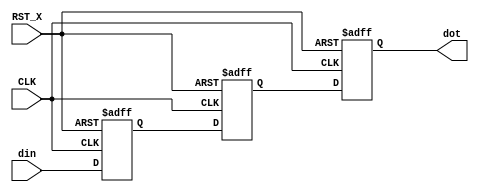
`default_nettype none

module TRPL_FF_snc_pos
 (input  wire CLK, RST_X,
  input  wire din, // asynchronous signal
  output reg  dot);

  reg aff, bff;
  always @(posedge CLK or negedge RST_X) begin
    if(~RST_X) begin
      aff <= 1'b0;
      bff <= 1'b0;
      dot <= 1'b0;
    end else begin
      aff <= din;
      bff <= aff;
      dot <= bff;
    end
  end

endmodule

`default_nettype wire